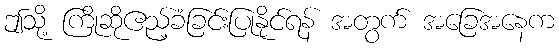
ဤသို့ ကြိုဆိုဧည့်ခံခြင်းပြုနိုင်ရန် အတွက် အခြေအနေက